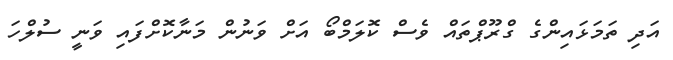
އަދި ތަމަޅައިންގެ ގްރޫޕްތައް ވެސް ކޮލަމްބޯ އަށް ވަނުން މަނާކޮށްފައި ވަނީ ސުލްހަ